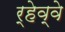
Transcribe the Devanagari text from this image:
र्‍हेव्वे